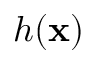
h ( \mathbf { x } )